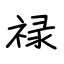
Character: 禄